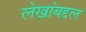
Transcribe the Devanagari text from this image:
लेखांबद्दल